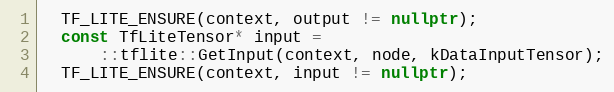
Language: C++
  TF_LITE_ENSURE(context, output != nullptr);
  const TfLiteTensor* input =
      ::tflite::GetInput(context, node, kDataInputTensor);
  TF_LITE_ENSURE(context, input != nullptr);